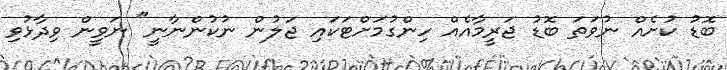
ބޮޑު ކުށެއް ނުވަތަ ބޮޑު ޖަރީމާއެއް ހިންގުމަށްޓަކައި ޖަލުން ނުކުންނާނީ" ނަވީން ވިދާޅުވި